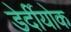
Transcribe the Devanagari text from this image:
डेर्दीयोक